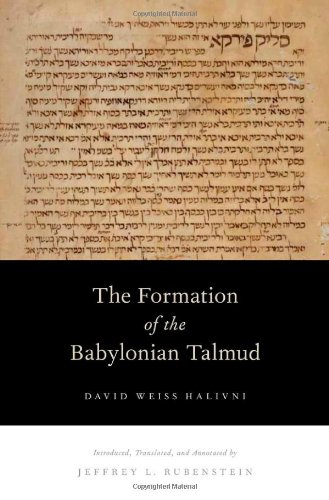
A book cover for The Formation of the Babylonian Talmud; David Weiss Halivni; History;